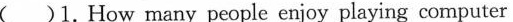
()1. How many people enjoy playing computer